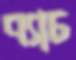
ব্যাচ